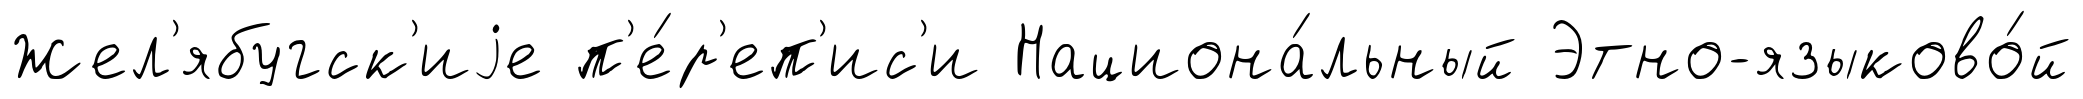
Жел'ябугск'иjе п'е́р'еп'ис'и Национа́льный Этно-языково́й